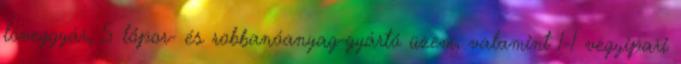
löveggyár, 5 lőpor- és robbanóanyag-gyártó üzem, valamint 1-1 vegyipari